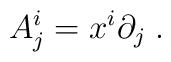
A^{i}_{j} = x^{i}\partial _{j} \; .